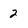
Character: 2